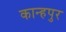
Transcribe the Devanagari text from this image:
कान्हपुर